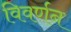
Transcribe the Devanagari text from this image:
विवर्णन